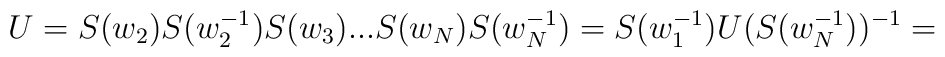
U =  S(w_2) S(w_2^{-1}) S(w_3) ... S(w_N) S(w_N^{-1}) = S(w^{-1}_1)U(S(w^{-1}_N))^{-1} =